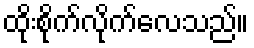
ထိုးစိုက်လိုက်လေသည်။